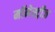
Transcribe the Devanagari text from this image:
मॉनेस्ट्रीज़